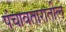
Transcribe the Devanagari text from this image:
पंचावतारातील